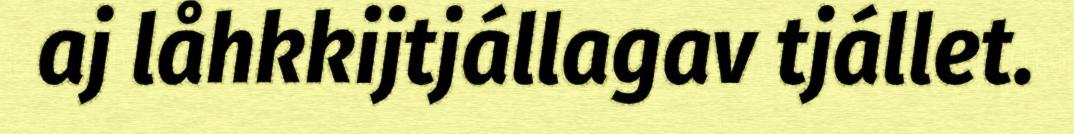
aj låhkkijtjállagav tjállet.